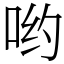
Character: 哟